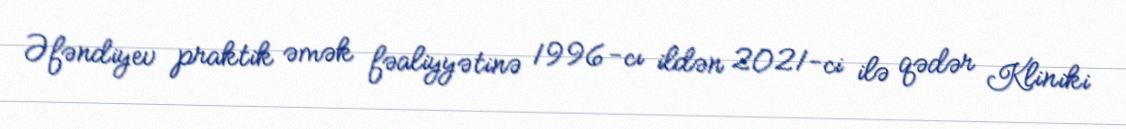
Əfəndiyev praktik əmək fəaliyyətinə 1996-cı ildən 2021-ci ilə qədər Kliniki